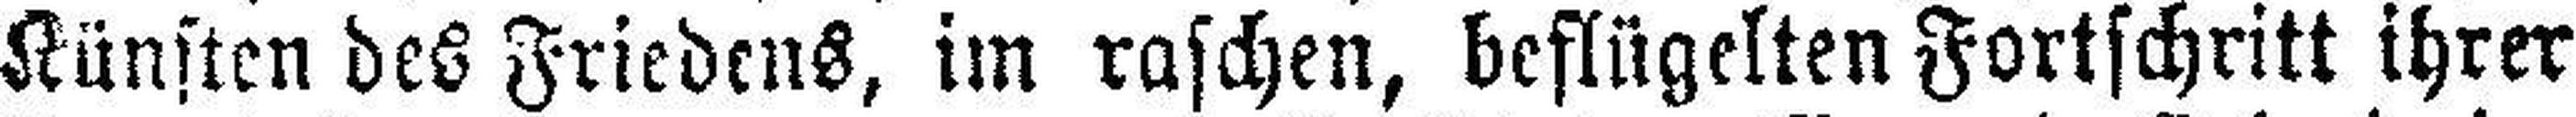
Künsten des Friedens, im raschen, beflügelten Fortschritt ihrer